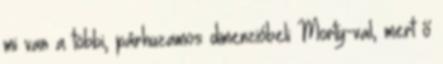
mi van a többi, párhuzamos dimenzióbeli Morty-val, mert ő